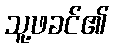
သူ့ဖခင်၏